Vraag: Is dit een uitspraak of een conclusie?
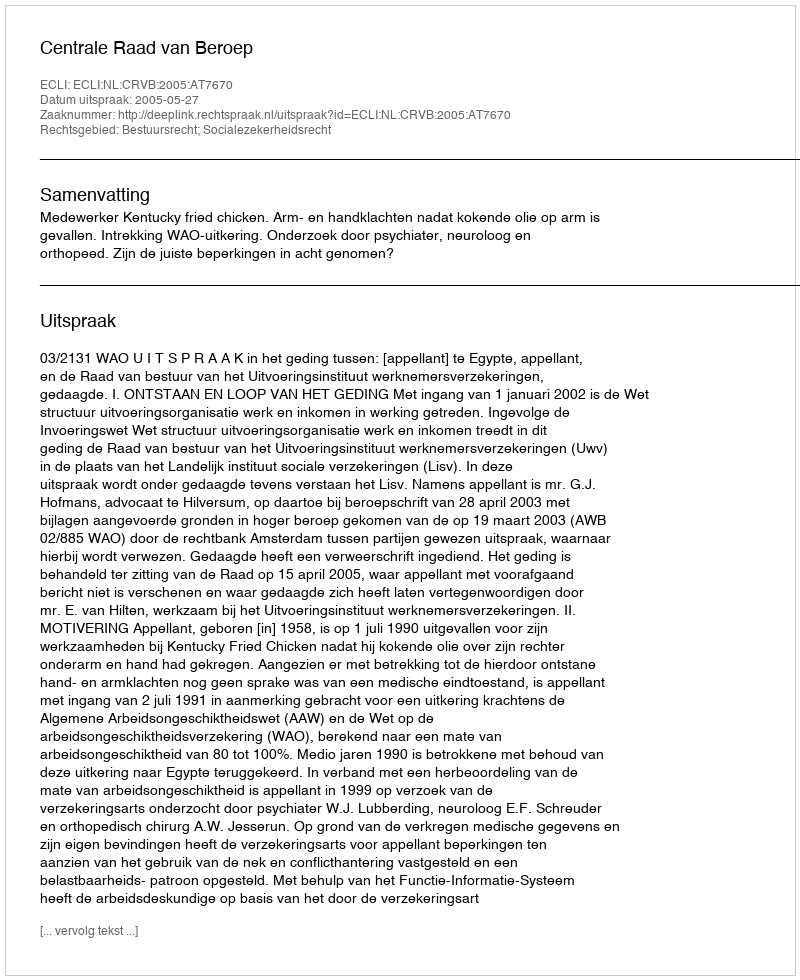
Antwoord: Uitspraak